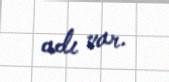
adı var.